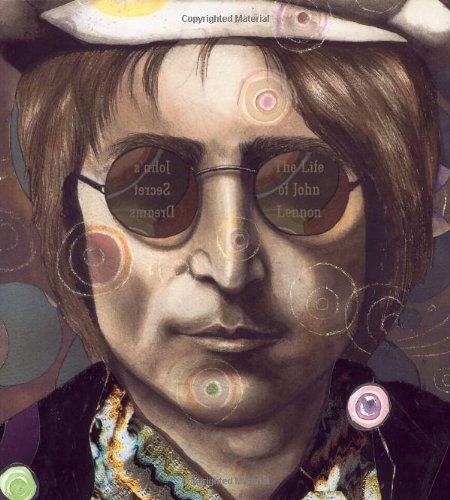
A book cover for John's Secret Dreams: The John Lennon Story; Doreen Rappaport; Humor & Entertainment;